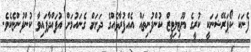
ފެނަކަ ކޯޕަރޭޝަނަކީ ކުރީގެ ޔޫޓިލިޓީޒް ކުންފުނިތައް އެއްފުރާޅެއްގެ ދަށަށް ގެނައުމަށް އުފައްދާފައިވާ ކުންފުންޏެކެވެ.